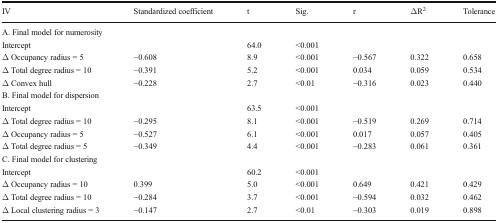
<table><thead><tr><td><b>IV</b></td><td><b>Standardized coefficient</b></td><td><b>t</b></td><td><b>Sig.</b></td><td><b>r</b></td><td><b>ΔR<sup>2</sup></b></td><td><b>Tolerance</b></td></tr></thead><tbody><tr><td colspan="7">A. Final model for numerosity</td></tr><tr><td>Intercept</td><td></td><td>64.0</td><td>&lt;0.001</td><td></td><td></td><td></td></tr><tr><td>Δ Occupancy radius = 5</td><td>−0.608</td><td>8.9</td><td>&lt;0.001</td><td>−0.567</td><td>0.322</td><td>0.658</td></tr><tr><td>Δ Total degree radius = 10</td><td>−0.391</td><td>5.2</td><td>&lt;0.001</td><td>0.034</td><td>0.059</td><td>0.534</td></tr><tr><td>Δ Convex hull</td><td>−0.228</td><td>2.7</td><td>&lt;0.01</td><td>−0.316</td><td>0.023</td><td>0.440</td></tr><tr><td colspan="7">B. Final model for dispersion</td></tr><tr><td>Intercept</td><td></td><td>63.5</td><td>&lt;0.001</td><td></td><td></td><td></td></tr><tr><td>Δ Total degree radius = 10</td><td>−0.295</td><td>8.1</td><td>&lt;0.001</td><td>−0.519</td><td>0.269</td><td>0.714</td></tr><tr><td>Δ Occupancy radius = 5</td><td>−0.527</td><td>6.1</td><td>&lt;0.001</td><td>0.017</td><td>0.057</td><td>0.405</td></tr><tr><td>Δ Total degree radius = 5</td><td>−0.349</td><td>4.4</td><td>&lt;0.001</td><td>−0.283</td><td>0.061</td><td>0.361</td></tr><tr><td colspan="7">C. Final model for clustering</td></tr><tr><td>Intercept</td><td></td><td>60.2</td><td>&lt;0.001</td><td></td><td></td><td></td></tr><tr><td>Δ Occupancy radius = 10</td><td>0.399</td><td>5.0</td><td>&lt;0.001</td><td>0.649</td><td>0.421</td><td>0.429</td></tr><tr><td>Δ Total degree radius = 10</td><td>−0.284</td><td>3.7</td><td>&lt;0.001</td><td>−0.594</td><td>0.032</td><td>0.462</td></tr><tr><td>Δ Local clustering radius = 3</td><td>−0.147</td><td>2.7</td><td>&lt;0.01</td><td>−0.303</td><td>0.019</td><td>0.898</td></tr></tbody></table>